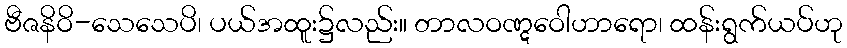
ဗီဇနိဝိ-သေသေပိ၊ ပယ်အထူး၌လည်း။ တာလဝဏ္ဋဝေါဟာရော၊ ထန်းရွက်ယပ်ဟု